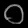
Digit: ၀